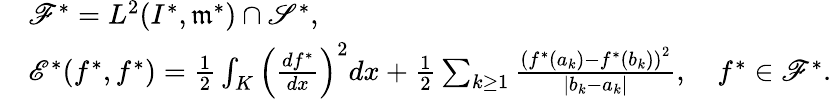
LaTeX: \begin{array}{rl}&{{\mathscr F}^{*}=L^{2}(I^{*},\mathfrak{m}^{*})\cap\mathscr{S}^{*},}\\ &{{\mathscr E}^{*}(f^{*},f^{*})=\frac{1}{2}\int_{K}\left(\frac{df^{*}}{dx}\right)^{2}dx+\frac{1}{2}\sum_{k\geq 1}\frac{\left(f^{*}(a_{k})-f^{*}(b_{k})\right)^{2}}{|b_{k}-a_{k}|},\quad f^{*}\in{\mathscr F}^{*}.}\end{array}